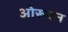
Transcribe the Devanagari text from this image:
ओरूवन